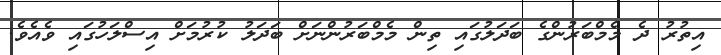
އިތުރު ދެ މެމްބަރުންގެ ބަދަލުގައި ތިން މެމްބަރުންނަށް ބަދަލު ކުރުމަށް އިސްލަހުގައި ވެއެވެ.